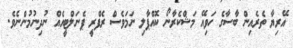
އޭރިޔާ ތެރެއިން ބާސާގެ ހަވިއޭ މަޝްކެރާނޯ ކޮއްޕާލި ނަމަވެސް ރެފްރީ ޕެނަލްޓީއެއް ނުދިނުމުންނެވެ.